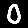
Digit: 0